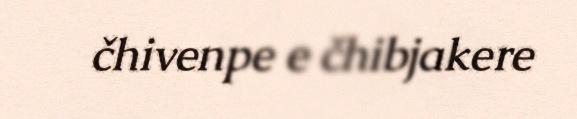
čhivenpe e čhibjakere